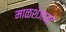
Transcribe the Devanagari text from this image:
माळशेजघाट